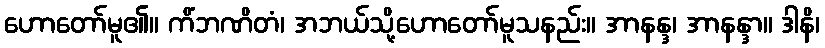
ဟောတော်မူ၏။ ကိံဘဏိတံ၊ အဘယ်သို့ဟောတော်မူသနည်း။ အာနန္ဒ၊ အာနန္ဒာ။ ဒါနိ၊